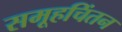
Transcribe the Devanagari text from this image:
समूहचिंतन